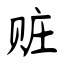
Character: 赃